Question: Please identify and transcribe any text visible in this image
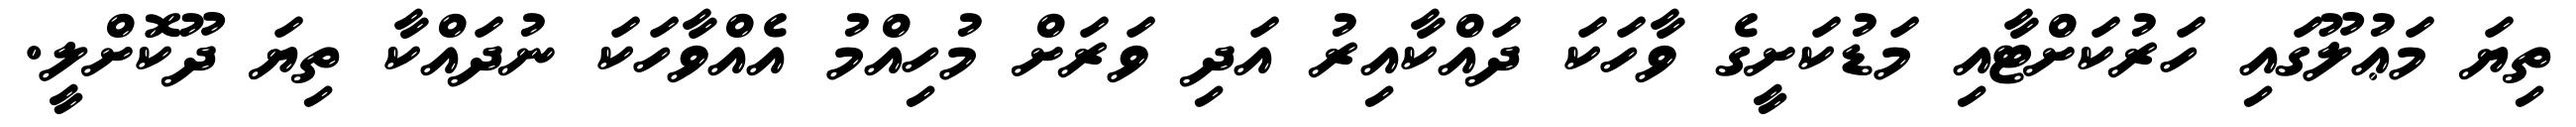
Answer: ތިޔަ މަޢުލޫގައި ހަރުކަށްޓާއި މަޑުކަށީގެ ވާހަކަ ދައްކާއިރު އަދި ވަރަށް މުހިއްމު އެއްވާހަކަ ނުދައްކާ ތިޔަ ދޫކޮށްލީ.